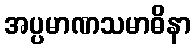
အပ္ပမာဏသမာဓိနာ